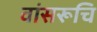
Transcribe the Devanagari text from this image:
वांसरूचि